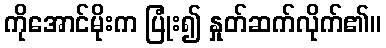
ကိုအောင်မိုးက ပြုံး၍ နှုတ်ဆက်လိုက်၏။